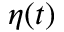
\eta ( t )